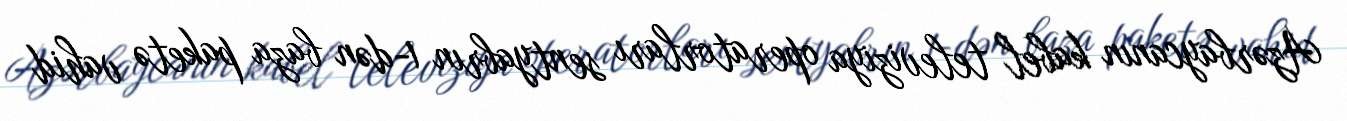
Azərbaycanın kabel televiziya operatorları sentyabrın 1-dən baza paketə vahid